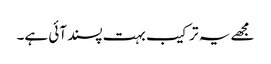
مجھے یہ ترکیب بہت پسند آئی ہے۔